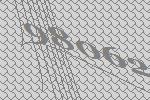
98062